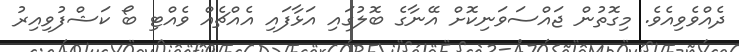
ދެއްވެވިއެވެ. މިގޮތުން ޖައްސަވަނިކޮށް އޭނާގެ ބޮލުގައި އަޅާފައި އެއްޗެއް ވެއްޓި ބޯ ކަޝްފުވިއިރު